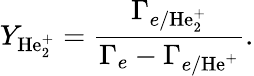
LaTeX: Y_{\mathrm{He_{2}^{+}}}=\frac{\Gamma_{e/\mathrm{He_{2}^{+}}}}{\Gamma_{e}-\Gamma_{e/\mathrm{He^{+}}}}.